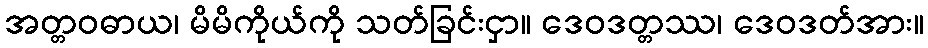
အတ္တဝဓာယ၊ မိမိကိုယ်ကို သတ်ခြင်းငှာ။ ဒေဝဒတ္တဿ၊ ဒေဝဒတ်အား။